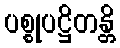
ပစ္စုပဋ္ဌိတန္တိ